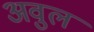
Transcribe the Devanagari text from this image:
अवुल